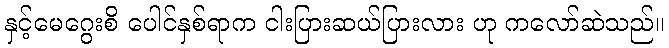
နှင့်မေဂွေးစိ ပေါင်နှစ်ရာက ငါးပြားဆယ်ပြားလား ဟု ကလော်ဆဲသည်။